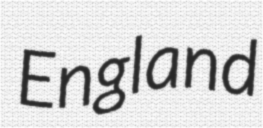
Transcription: England